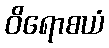
ဝိရောစယံ